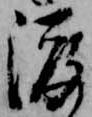
渡